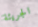
الجريئة